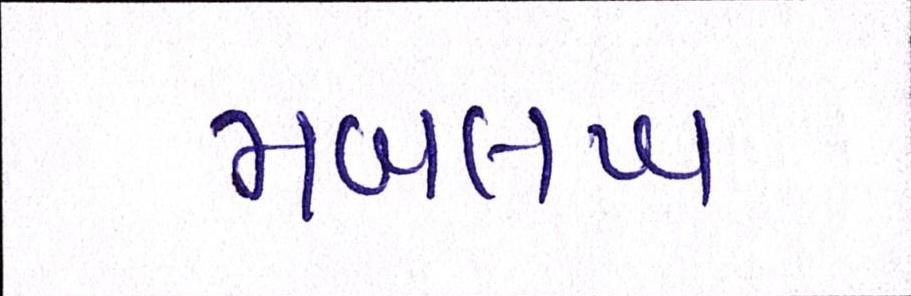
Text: મબલખ